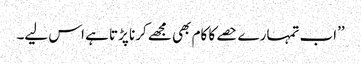
’’اب تمہارے حصے کا کام بھی مجھے کرنا پڑتا ہے اس لیے۔